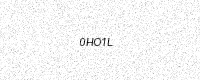
Text: 0HO1L